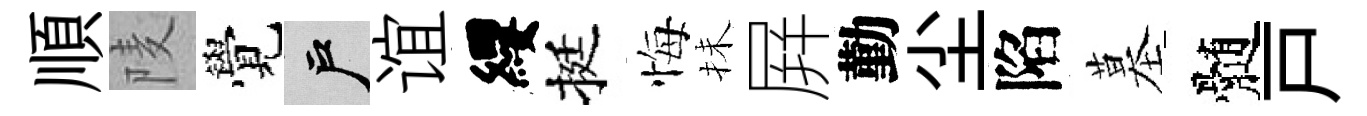
順𨹧覺户谊纓挺悔抺屛勤尘陷墓髄戸